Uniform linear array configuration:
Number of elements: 4
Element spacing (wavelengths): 0.25
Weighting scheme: hann
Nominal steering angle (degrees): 0
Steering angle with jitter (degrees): -1.01
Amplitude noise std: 0.05
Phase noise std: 0.05

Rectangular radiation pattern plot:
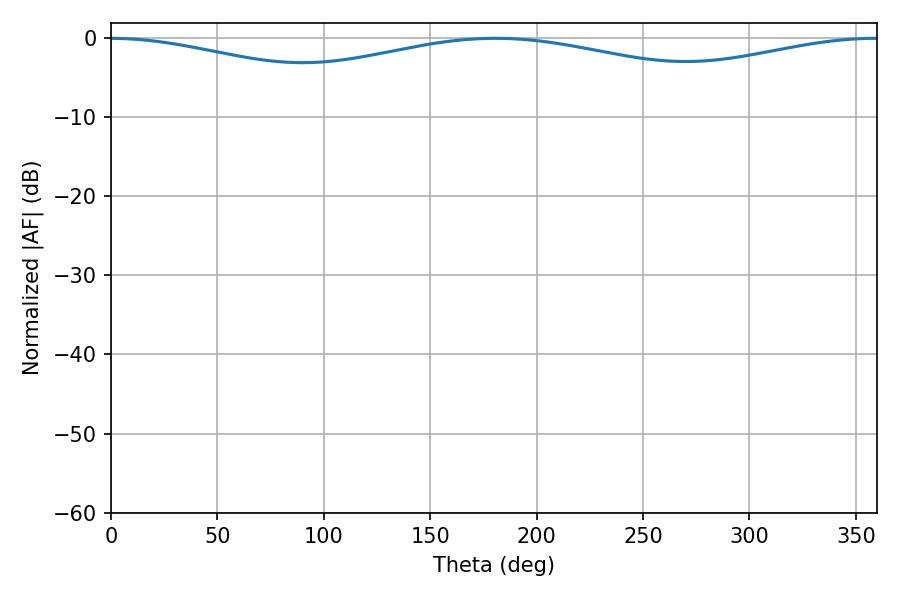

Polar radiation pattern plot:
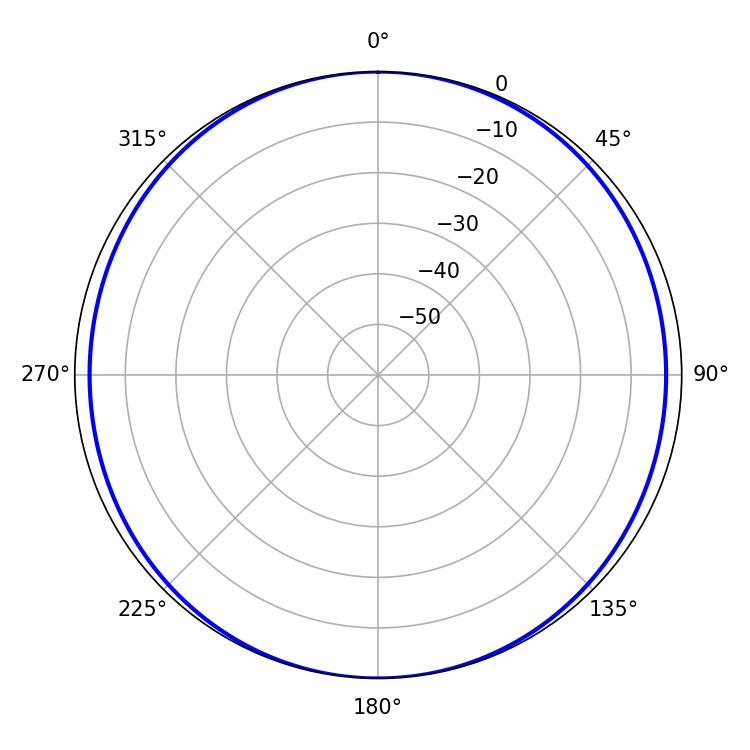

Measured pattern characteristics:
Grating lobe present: FALSE
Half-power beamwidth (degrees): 261.72
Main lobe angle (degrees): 180.54